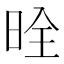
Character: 𪰡